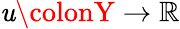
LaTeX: \mathit{u}\colonY\rightarrow\mathbb{{R}}